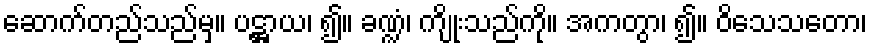
ဆောက်တည်သည်မှ။ ပဋ္ဌာယ၊ ၍။ ခဏ္ဍံ၊ ကျိုးသည်ကို။ အကတွာ၊ ၍။ ဝိသေသတော၊